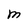
Character: M